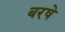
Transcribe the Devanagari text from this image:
बरषे